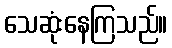
သေဆုံးနေကြသည်။